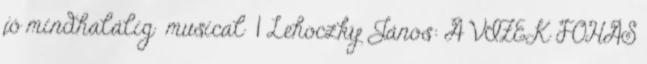
jó mindhalálig musical 1 Lehoczky János: A VIZEK FOHÁS